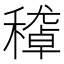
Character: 𥢔